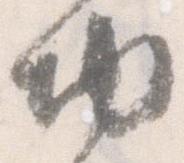
切